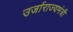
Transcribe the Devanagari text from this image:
उर्जाराज्यमंत्री